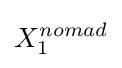
X_{1}^{nomad}